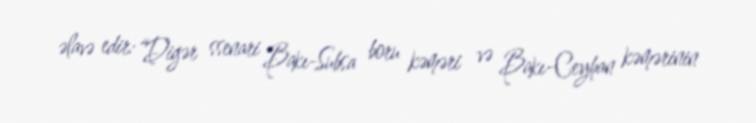
əlavə edir: “Digər ssenari Bakı-Subsa boru kəməri və Bakı-Ceyhan kəmərinin